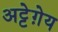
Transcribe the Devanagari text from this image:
अट्टेग़ेय